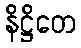
နိဋ္ဌိတေ